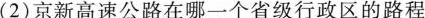
(2)京新高速公路在哪一个省级行政区的路程